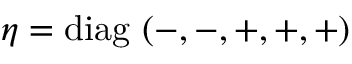
\eta = \mathrm { d i a g } \, \left( - , - , + , + , + \right)